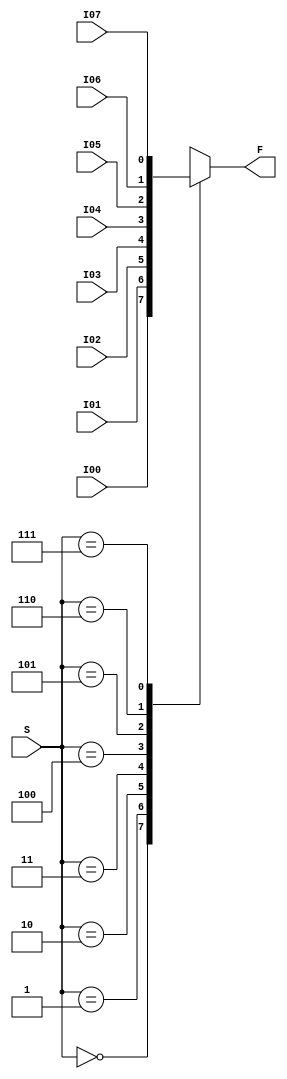
module Mux8to1Nbit(S, I00, I01, I02, I03, I04, I05, I06, I07, F);
	parameter N = 1;
	
	input [2:0] S; //3b select
	input [N-1:0] I00, I01, I02, I03, I04, I05, I06, I07;//Nb inputs
	
	output reg [N-1:0] F; //Nb output
	
	always @(*) begin
		case(S)
			3'b000: F <= I00; //pass selected input specified by select
			3'b001: F <= I01;
			3'b010: F <= I02;
			3'b011: F <= I03;
			3'b100: F <= I04;
			3'b101: F <= I05;
			3'b110: F <= I06;
			3'b111: F <= I07;
		endcase
	end
	
endmodule